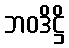
ဘဝဒိဋ္ဌိ